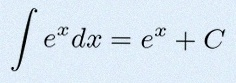
\int e^x dx=e^x+C